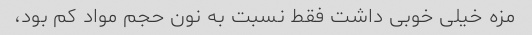
مزه خیلی خوبی داشت فقط نسبت به نون حجم مواد کم بود،